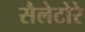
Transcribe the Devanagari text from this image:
सैलेटोरे